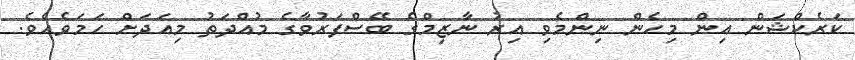
ކަރެކްޝަން އިން މިހެން ނިންމެވި އިރު ނާޒިމްގެ ބޭސްފަރުވާގެ މުއްދަތު މިއަދަށް ހަމަވެއެވެ.